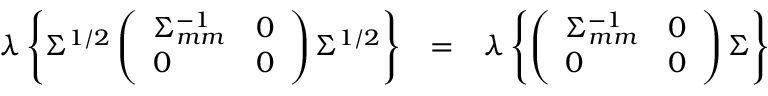
\begin{array} { r l r } { \lambda \left\{ \Sigma ^ { 1 / 2 } \left( \begin{array} { l l } { \Sigma _ { m m } ^ { - 1 } } & { 0 } \\ { 0 } & { 0 } \end{array} \right) \Sigma ^ { 1 / 2 } \right\} } & { = } & { \lambda \left\{ \left( \begin{array} { l l } { \Sigma _ { m m } ^ { - 1 } } & { 0 } \\ { 0 } & { 0 } \end{array} \right) \Sigma \right\} } \end{array}